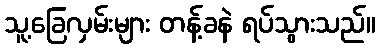
သူ့ခြေလှမ်းများ တန့်ခနဲ ရပ်သွားသည်။